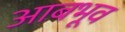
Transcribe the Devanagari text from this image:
आबभूव